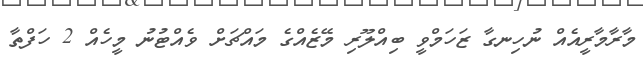
މާރާމާރީއެއް ނުހިނގާ ޒަހަމްވީ ބިއްލޫރި މޭޒެއްގެ މައްޗަށް ވެއްޓުނު މީހެއް 2 ހަފްތާ